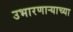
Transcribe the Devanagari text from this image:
उभारणार्‍याच्या